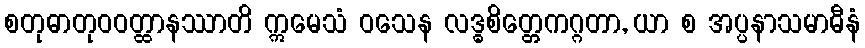
စတုဓာတုဝဝတ္ထာနဿာတိ ဣမေသံ ဝသေန လဒ္ဓစိတ္တေကဂ္ဂတာ, ယာ စ အပ္ပနာသမာဓီနံ